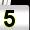
Digit: 5